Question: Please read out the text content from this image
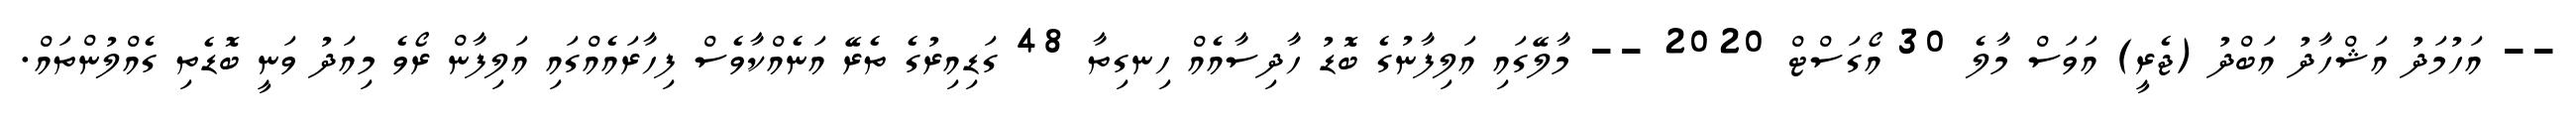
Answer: -- އަހުމަދު އަޝްހާދު އަބްދު (ޖެރީ) އަވަސް މާލެ 30 އޯގަސްޓް 2020 -- މާލޭގައި އަލިފާނުގެ ބޮޑު ހާދިސާއެއް ހިނގިތާ 48 ގަޑިއިރުގެ ތެރޭ އަނެއްކާވެސް ފިހާރައެއްގައި އަލިފާން ރޯވެ މިއަދު ވަނީ ބޮޑެތި ގެއްލުންތައް.